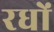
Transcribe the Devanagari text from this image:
रधों